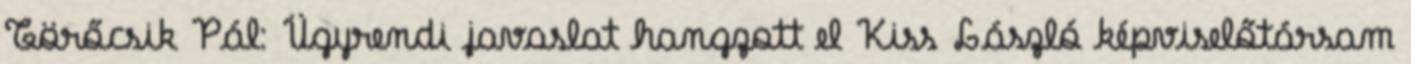
Törőcsik Pál: Ügyrendi javaslat hangzott el Kiss László képviselőtársam